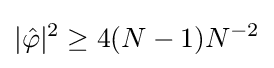
|{\hat {\varphi }}|^{2}\geq 4(N-1)N^{-2}